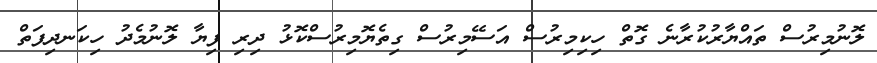
ލޮނުމިރުސް ތައްޔާރުކުރާނެ ގޮތް ހިކިމިރުސް އަސޭމިރުސް ގިތެޔޮމިރުސްކޮޅު ދިރި ފިޔާ ލޮނުމެދު ހިކަނދިފަތް